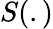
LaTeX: S(.)